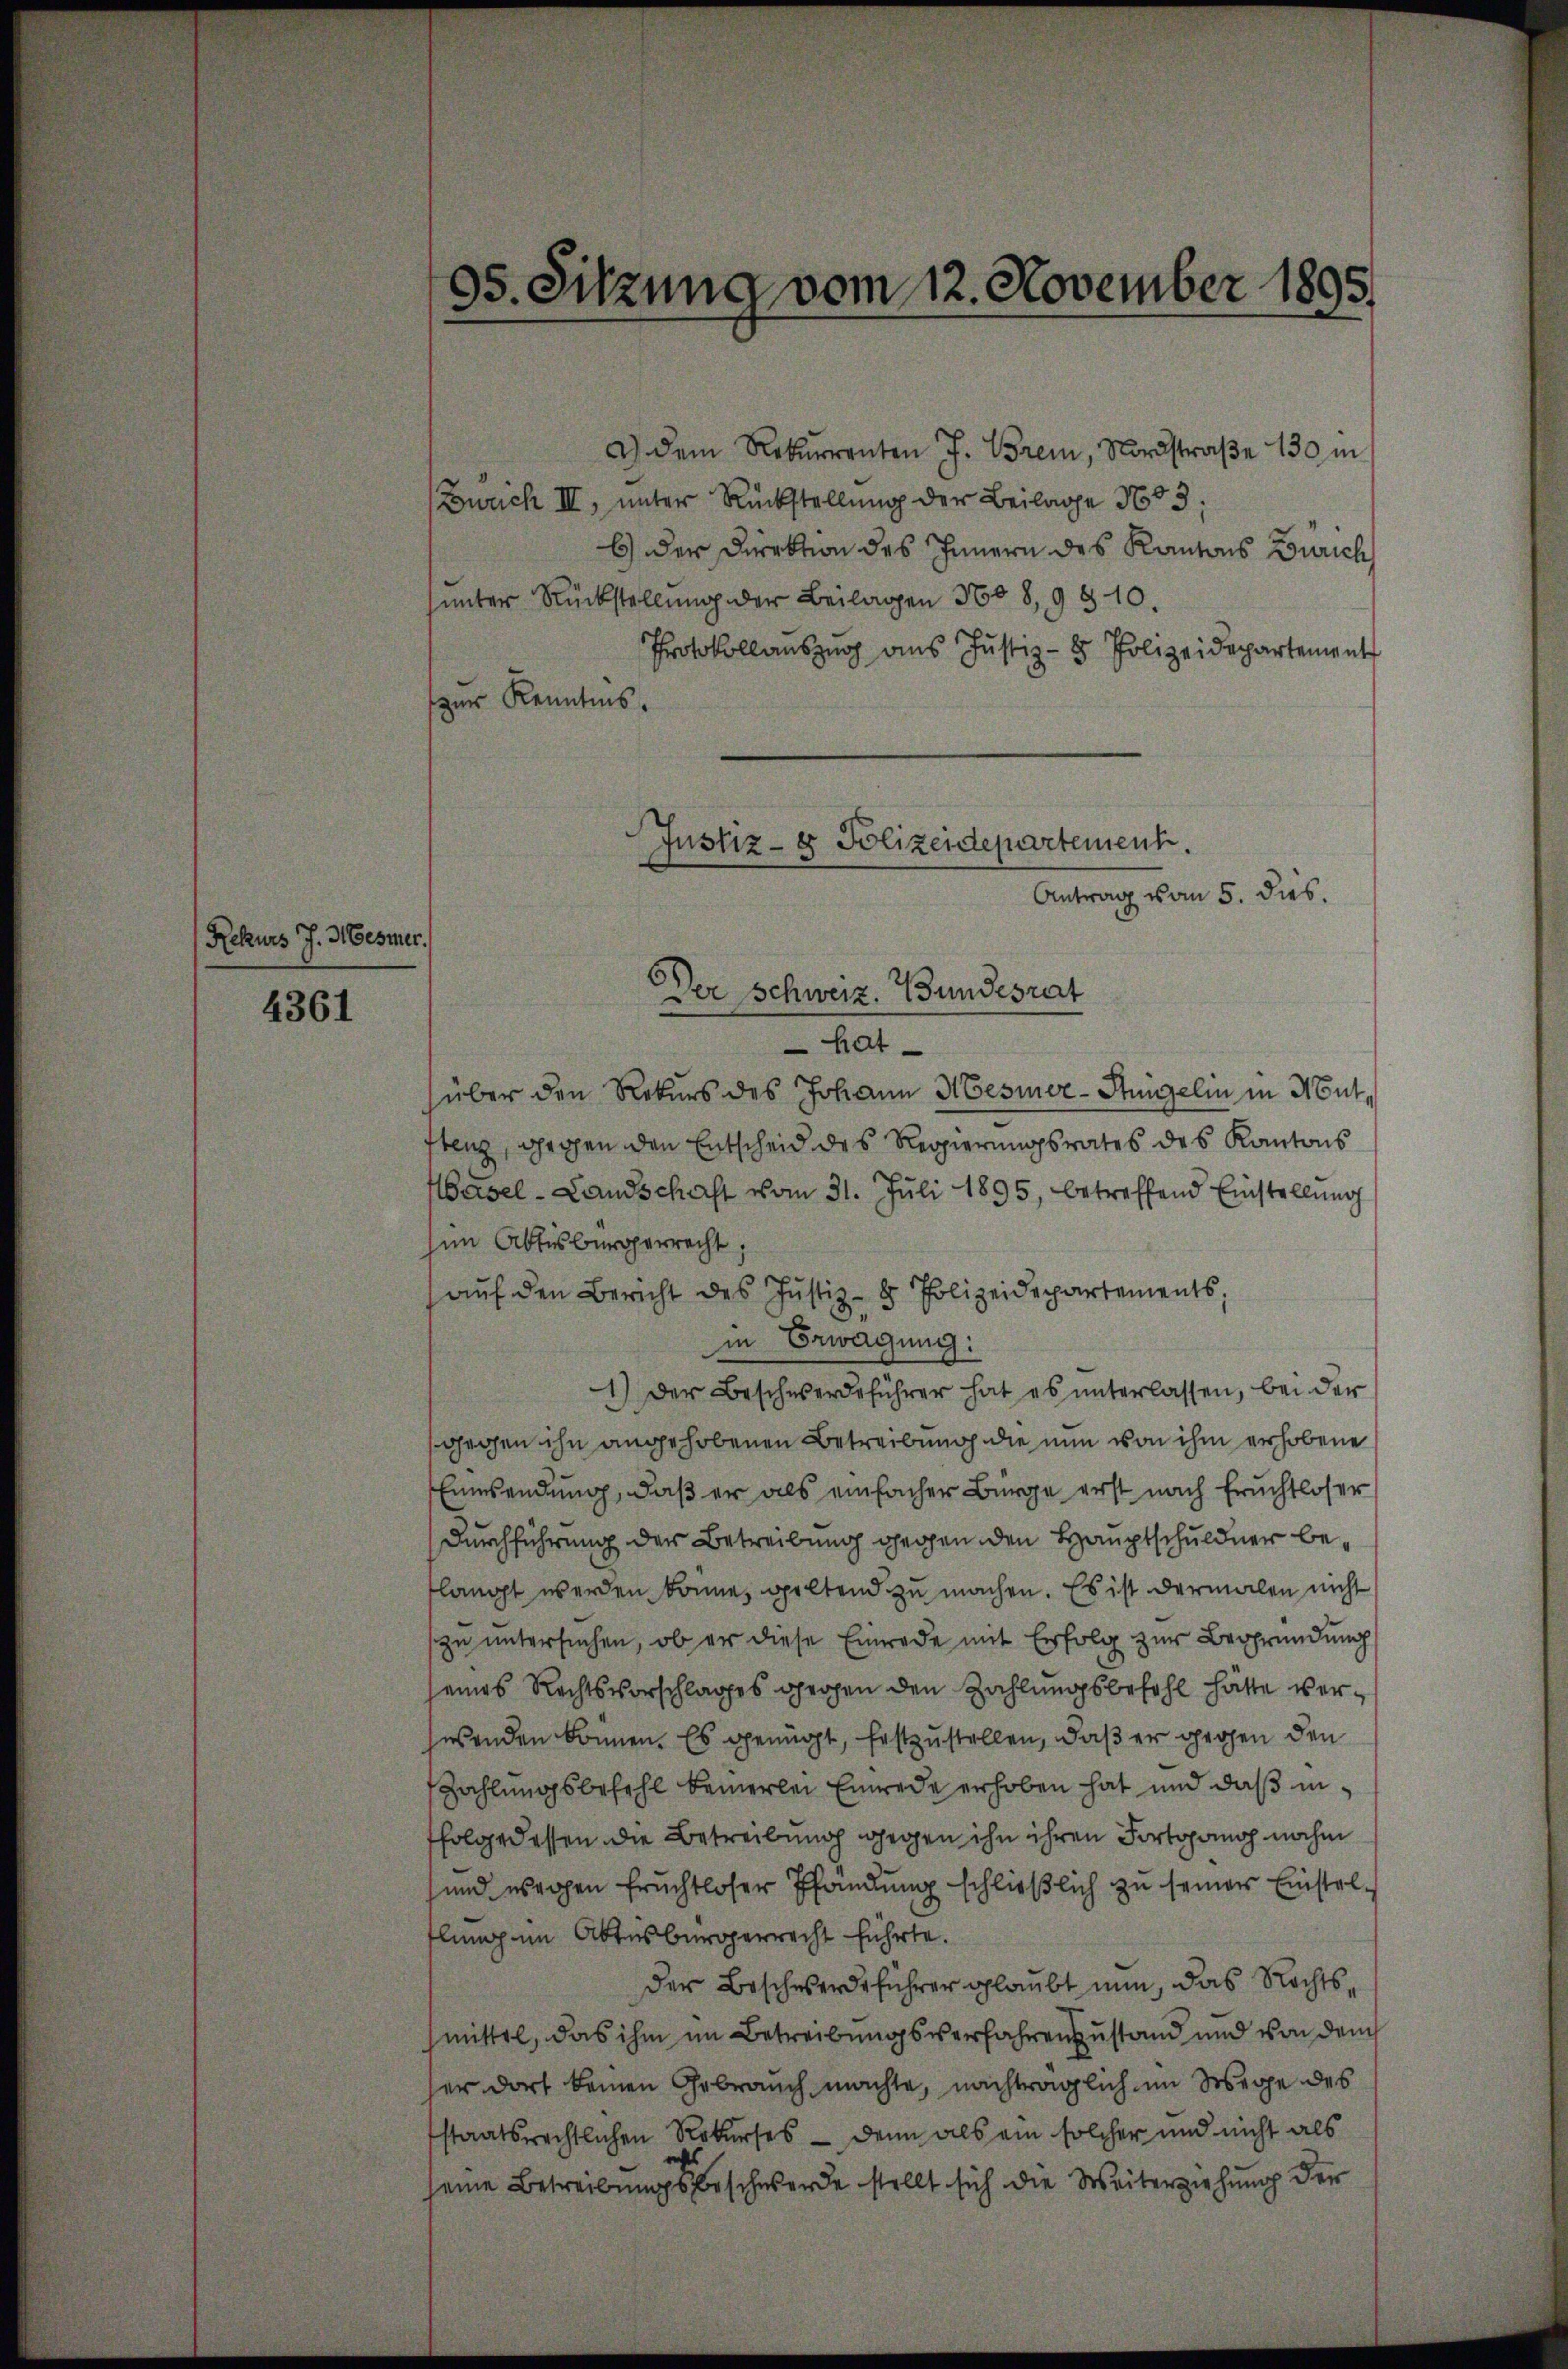
Rekurs J. Mesmer.

4361

05. Sitzung vom 12. November 1895.

a) dem Rekurrenten J. Borem, Nordstraße 130 in
Zürich III, unter Rückstellung der Beilage 1603;
b) der Direktion des Innern des Kantons Zürich
unter Rückstellung der Beilagen 1608, 9810.
Protokollauszug aus Justiz- & Polizeidepartement
zur Kenntnis.

Der Schweiz. Bundesrat
hat
über den Rekurs des Johann Mesiner-Angelin in Mutstenz, prochen den Entscheid des Regierungsrates des Kantons
asel-Landschaft vom 31. Juli 1895, betreffend Einstellung
sim Abtesbürgerrecht
aŭf den Bericht des Justiz- & Polizeidepartements,
in Erwägung:
1) Der Beschwerdeführer hat es unterlassen, bei der
gegen ihn angehobenen Betreibung die nun von ihm erhobene
Einwendung, daß er als einfacher Bürge erst nach Fruchtloser
Durchführung der Betreibung gegen den Hauptschuldner beflangt werden könne, geltend zu machen. Es ist dermalen nicht
zu untersuchen, ob er diese Einrede mit Erfolg zur Begründung
seines Rechtsvorschlages großen den Zahlungsbefehl hätte verswenden können. Es genügt, festzustellen, daß er gegen den
Zahlungsbefehl keinerlei Einrede erhoben hat und daß infolge dessen die Betreibung gegen ihn ihren Fortgang nahm
und wegen fruchtloser Pfändung schließlich zu seiner Einstellung im Abtesbürgerrecht führte.
der Beschwerdeführer glaubt nun, das Rechtsmittel, das ihm im Betreibungsverfahrenzustand und von dem
ser dort keinen Gebrauch machte, nachträglich im Wege des
staatsrechtlichen Rekurses — dann als ein solcher und nicht als
seine Betreibungsbeschwerde stellt sich die Weiterziehung der

Justiz- & Polizeidepartement.
Antrag vom 5. dies.